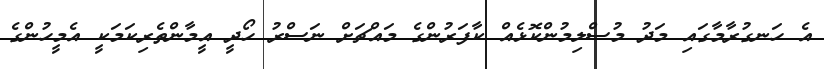
އެ ހަނގުރާމާގައި މަދު މުސްލިމުންކޮޅެއް ކާފަރުންގެ މައްޗަށް ނަސްރު ހޯދީ އީމާންތެރިކަމަކީ އެމީހުންގެ